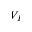
V _ { I }